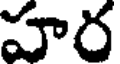
హర